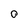
Character: O